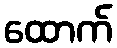
ထောက်